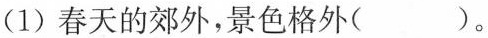
(1)春天的郊外，景色格外( )。